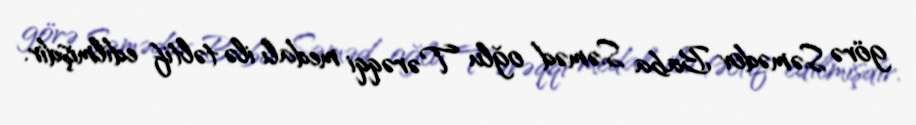
görə Səmədov Baba Səməd oğlu Tərəqqi medalı ilə təltif edilmişdir.